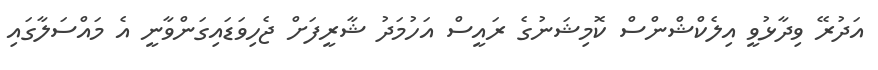
އަދުރޭ ވިދާޅުވީ އިލެކްޝްންސް ކޮމިޝަނުގެ ރައީސް އަހުމަދު ޝާރީފަށް ޖެހިވަޑައިގަންވާނީ އެ މައްސަލާގައި